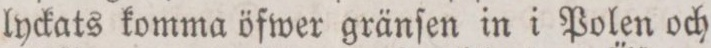
lyckats komma öfwer gränſen in i Polen och